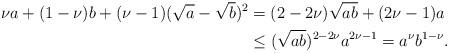
LaTeX: \begin{align*}\nu a+(1-\nu)b+(\nu-1)(\sqrt{a}-\sqrt{b})^2&=(2-2\nu)\sqrt{ab}+(2\nu-1)a\\&\leq(\sqrt{ab})^{2-2\nu}a^{2\nu-1}= a^{\nu}b^{1-\nu}. \end{align*}